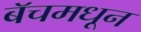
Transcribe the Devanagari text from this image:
बॅचमधून